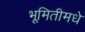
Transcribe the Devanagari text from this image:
भूमितीमधे